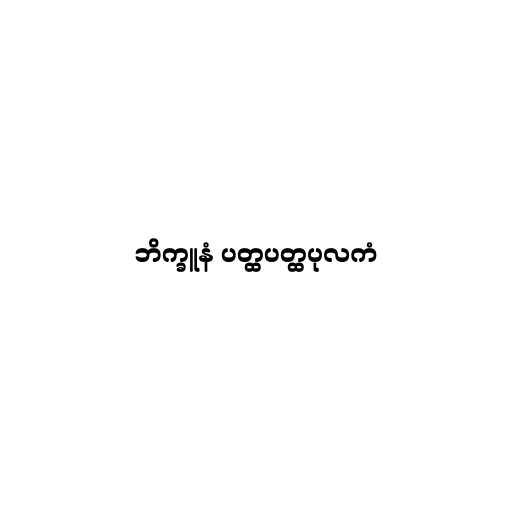
ဘိက္ခူနံ ပတ္ထပတ္ထပုလကံ